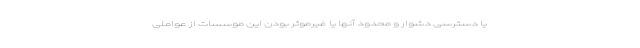
یا دسترسی دشوار و محدود آنها یا غیرموثر بودن این موسسات از عواملی